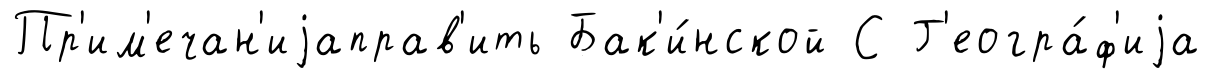
Пр'им'ечан'иjаправ'ить Бак'и́нской С Г'еогра́ф'иjа